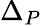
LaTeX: \Delta_{P}